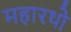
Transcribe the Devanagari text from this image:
महारथो